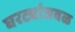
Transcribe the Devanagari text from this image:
घरट्यांजवळ